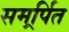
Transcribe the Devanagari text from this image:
समर्र्पित